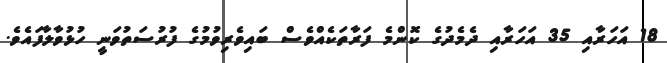
18 އަހަރާއި 35 އަހަރާއި ދެމެދުގެ ކޮންމެ ފަރާތަކެއްވެސް ބައިވެރިވުމުގެ ފުރުސަތުވަނީ ހުޅުވާލާފައެވެ.